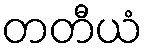
တတီယံ